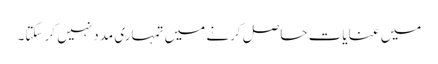
میں عنایات حاصل کرنے میں تمہاری مدد نہیں کر سکتا۔